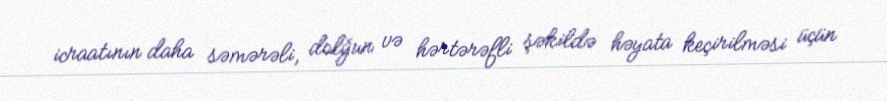
icraatının daha səmərəli, dolğun və hərtərəfli şəkildə həyata keçirilməsi üçün